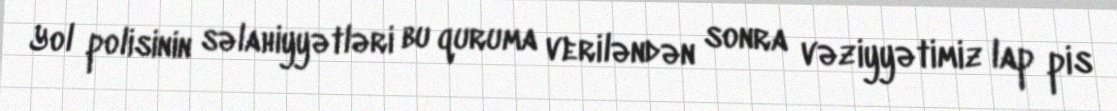
Yol polisinin səlahiyyətləri bu quruma veriləndən sonra vəziyyətimiz lap pis